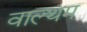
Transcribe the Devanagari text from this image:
वाल्थम